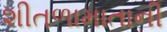
શીતળામાતાની